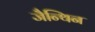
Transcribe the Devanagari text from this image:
जैन्थिन